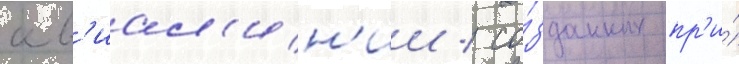
ав'иал'ин'ии / со́зданных пр'и́